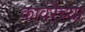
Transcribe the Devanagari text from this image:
कावरॆच्या